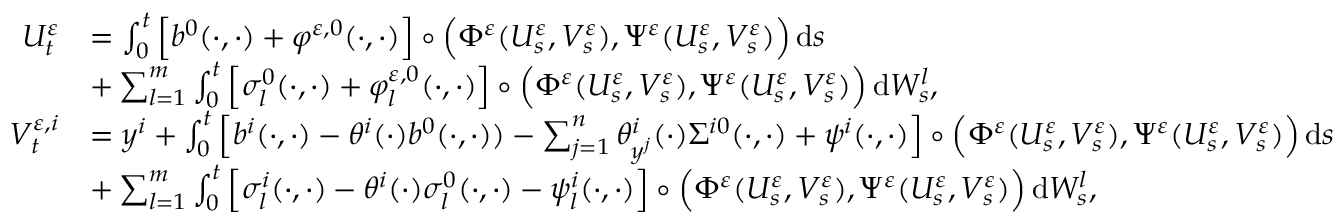
\begin{array} { r l } { U _ { t } ^ { \varepsilon } } & { = \int _ { 0 } ^ { t } \Big [ b ^ { 0 } ( \cdot , \cdot ) + \varphi ^ { \varepsilon , 0 } ( \cdot , \cdot ) \Big ] \circ \Big ( \Phi ^ { \varepsilon } ( U _ { s } ^ { \varepsilon } , V _ { s } ^ { \varepsilon } ) , \Psi ^ { \varepsilon } ( U _ { s } ^ { \varepsilon } , V _ { s } ^ { \varepsilon } ) \Big ) \, \mathrm { d } s } \\ & { + \sum _ { l = 1 } ^ { m } \int _ { 0 } ^ { t } \Big [ \sigma _ { l } ^ { 0 } ( \cdot , \cdot ) + \varphi _ { l } ^ { \varepsilon , 0 } ( \cdot , \cdot ) \Big ] \circ \Big ( \Phi ^ { \varepsilon } ( U _ { s } ^ { \varepsilon } , V _ { s } ^ { \varepsilon } ) , \Psi ^ { \varepsilon } ( U _ { s } ^ { \varepsilon } , V _ { s } ^ { \varepsilon } ) \Big ) \, \mathrm { d } W _ { s } ^ { l } , } \\ { V _ { t } ^ { \varepsilon , i } } & { = y ^ { i } + \int _ { 0 } ^ { t } \Big [ b ^ { i } ( \cdot , \cdot ) - \theta ^ { i } ( \cdot ) b ^ { 0 } ( \cdot , \cdot ) ) - \sum _ { j = 1 } ^ { n } \theta _ { y ^ { j } } ^ { i } ( \cdot ) \Sigma ^ { i 0 } ( \cdot , \cdot ) + \psi ^ { i } ( \cdot , \cdot ) \Big ] \circ \Big ( \Phi ^ { \varepsilon } ( U _ { s } ^ { \varepsilon } , V _ { s } ^ { \varepsilon } ) , \Psi ^ { \varepsilon } ( U _ { s } ^ { \varepsilon } , V _ { s } ^ { \varepsilon } ) \Big ) \, \mathrm { d } s } \\ & { + \sum _ { l = 1 } ^ { m } \int _ { 0 } ^ { t } \Big [ \sigma _ { l } ^ { i } ( \cdot , \cdot ) - \theta ^ { i } ( \cdot ) \sigma _ { l } ^ { 0 } ( \cdot , \cdot ) - \psi _ { l } ^ { i } ( \cdot , \cdot ) \Big ] \circ \Big ( \Phi ^ { \varepsilon } ( U _ { s } ^ { \varepsilon } , V _ { s } ^ { \varepsilon } ) , \Psi ^ { \varepsilon } ( U _ { s } ^ { \varepsilon } , V _ { s } ^ { \varepsilon } ) \Big ) \, \mathrm { d } W _ { s } ^ { l } , } \end{array}